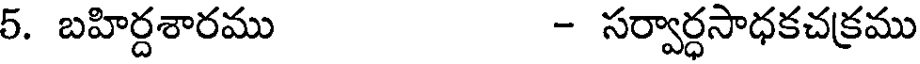
5. బహిర్దశారము - సర్వార్ధసాధకచక్రము